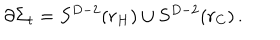
LaTeX: \partial \Sigma _ { t } = S ^ { D - 2 } ( r _ { H } ) \cup S ^ { D - 2 } ( r _ { C } ) \, .